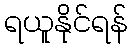
ရယူနိုင်ရန်